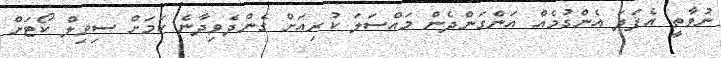
ނުވާތީ އެފަދަ އެންގުމެއް އަންގަންދެން މައްސަލަ ކުރިއަށް ގެންދެވިދާނެ ކަމަށް ސިވިލް ކޯޓަށް